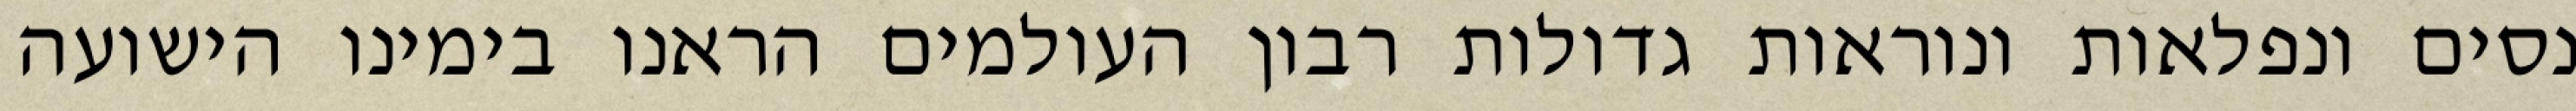
נסים ונפלאות ונוראות גדולות רבון העולמים הראנו בימינו הישועה